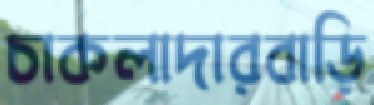
চাকলাদারবাড়ি